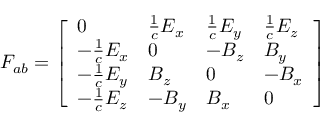
F _ { a b } = { \left[ \begin{array} { l l l l } { 0 } & { { \frac { 1 } { c } } E _ { x } } & { { \frac { 1 } { c } } E _ { y } } & { { \frac { 1 } { c } } E _ { z } } \\ { - { \frac { 1 } { c } } E _ { x } } & { 0 } & { - B _ { z } } & { B _ { y } } \\ { - { \frac { 1 } { c } } E _ { y } } & { B _ { z } } & { 0 } & { - B _ { x } } \\ { - { \frac { 1 } { c } } E _ { z } } & { - B _ { y } } & { B _ { x } } & { 0 } \end{array} \right] }